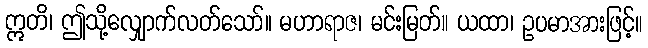
ဣတိ၊ ဤသို့လျှောက်လတ်သော်။ မဟာရာဇ၊ မင်းမြတ်။ ယထာ၊ ဥပမာအားဖြင့်။